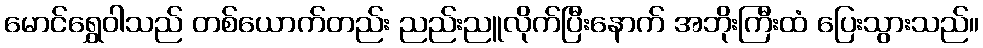
မောင်ရွှေဝါသည် တစ်ယောက်တည်း ညည်းညူလိုက်ပြီးနောက် အဘိုးကြီးထံ ပြေးသွားသည်။